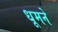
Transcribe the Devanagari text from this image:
धूमने